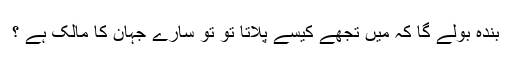
بندہ بولے گا کہ میں تجھے کیسے پلاتا تو تو سارے جہان کا مالک ہے ؟